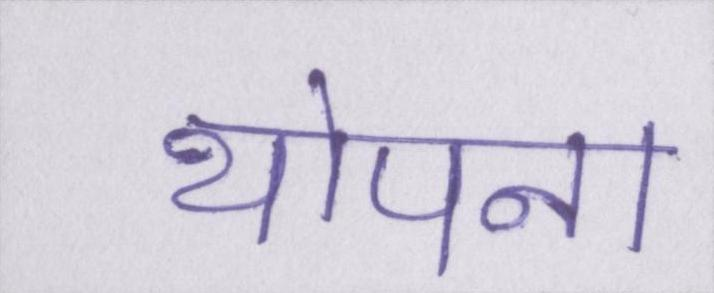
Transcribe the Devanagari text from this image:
थोपना